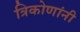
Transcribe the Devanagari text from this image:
त्रिकोणांनी